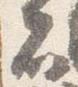
者